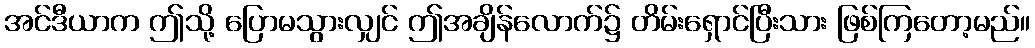
အင်ဒီယာက ဤသို့ ပြောမသွားလျှင် ဤအချိန်လောက်၌ တိမ်းရှောင်ပြီးသား ဖြစ်ကြတော့မည်။